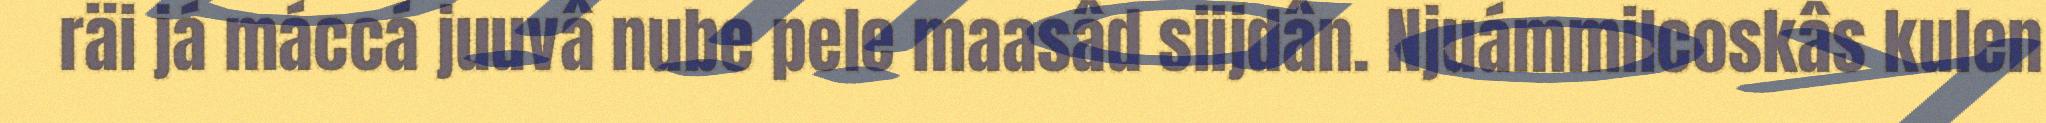
räi já máccá juuvâ nube pele maasâd siijdân. Njuámmilcoskâs kulen